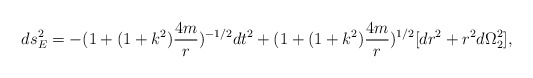
\begin{align*}ds^2_{E} = - (1+ (1+k^2)\frac{4m}{r})^{-1/2} dt^2 +(1+ (1+k^2)\frac{4m}{r})^{1/2} [dr^2 + r^2 d\Omega_{2}^{2}],\end{align*}